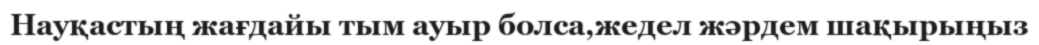
Науқастың жағдайы тым ауыр болса,жедел жәрдем шақырыңыз